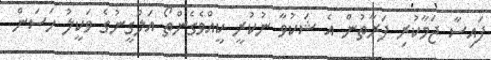
ފައިސާ ޖަމާކުރި ފަރާތުން އެ ޝަކުވާ ނުކުރީ ކީއްވެގެންތޯ އަލްގީނުގެ ވަކީލު ހަސަން